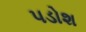
પડોશ